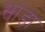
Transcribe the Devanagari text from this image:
सांड़ा